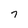
Character: 7